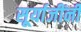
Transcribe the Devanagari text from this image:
सूर्याजींनी